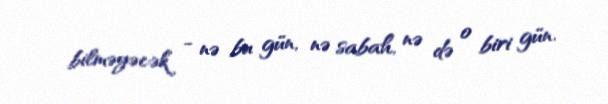
bilməyəcək - nə bu gün, nə sabah, nə də o biri gün.